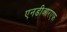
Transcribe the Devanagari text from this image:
एनडीआरएफ़